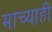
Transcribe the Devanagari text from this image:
माच्याही